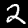
Digit: 2